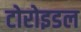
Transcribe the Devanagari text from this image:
टोरोइडल